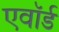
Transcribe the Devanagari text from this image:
एवॉर्ड